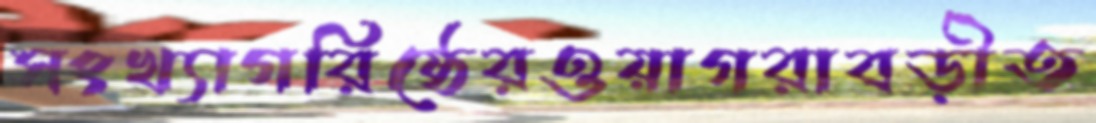
সংখ্যাগরিষ্ঠেরওয়াগরাবড়ীত